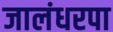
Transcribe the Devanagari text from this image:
जालंधरपा